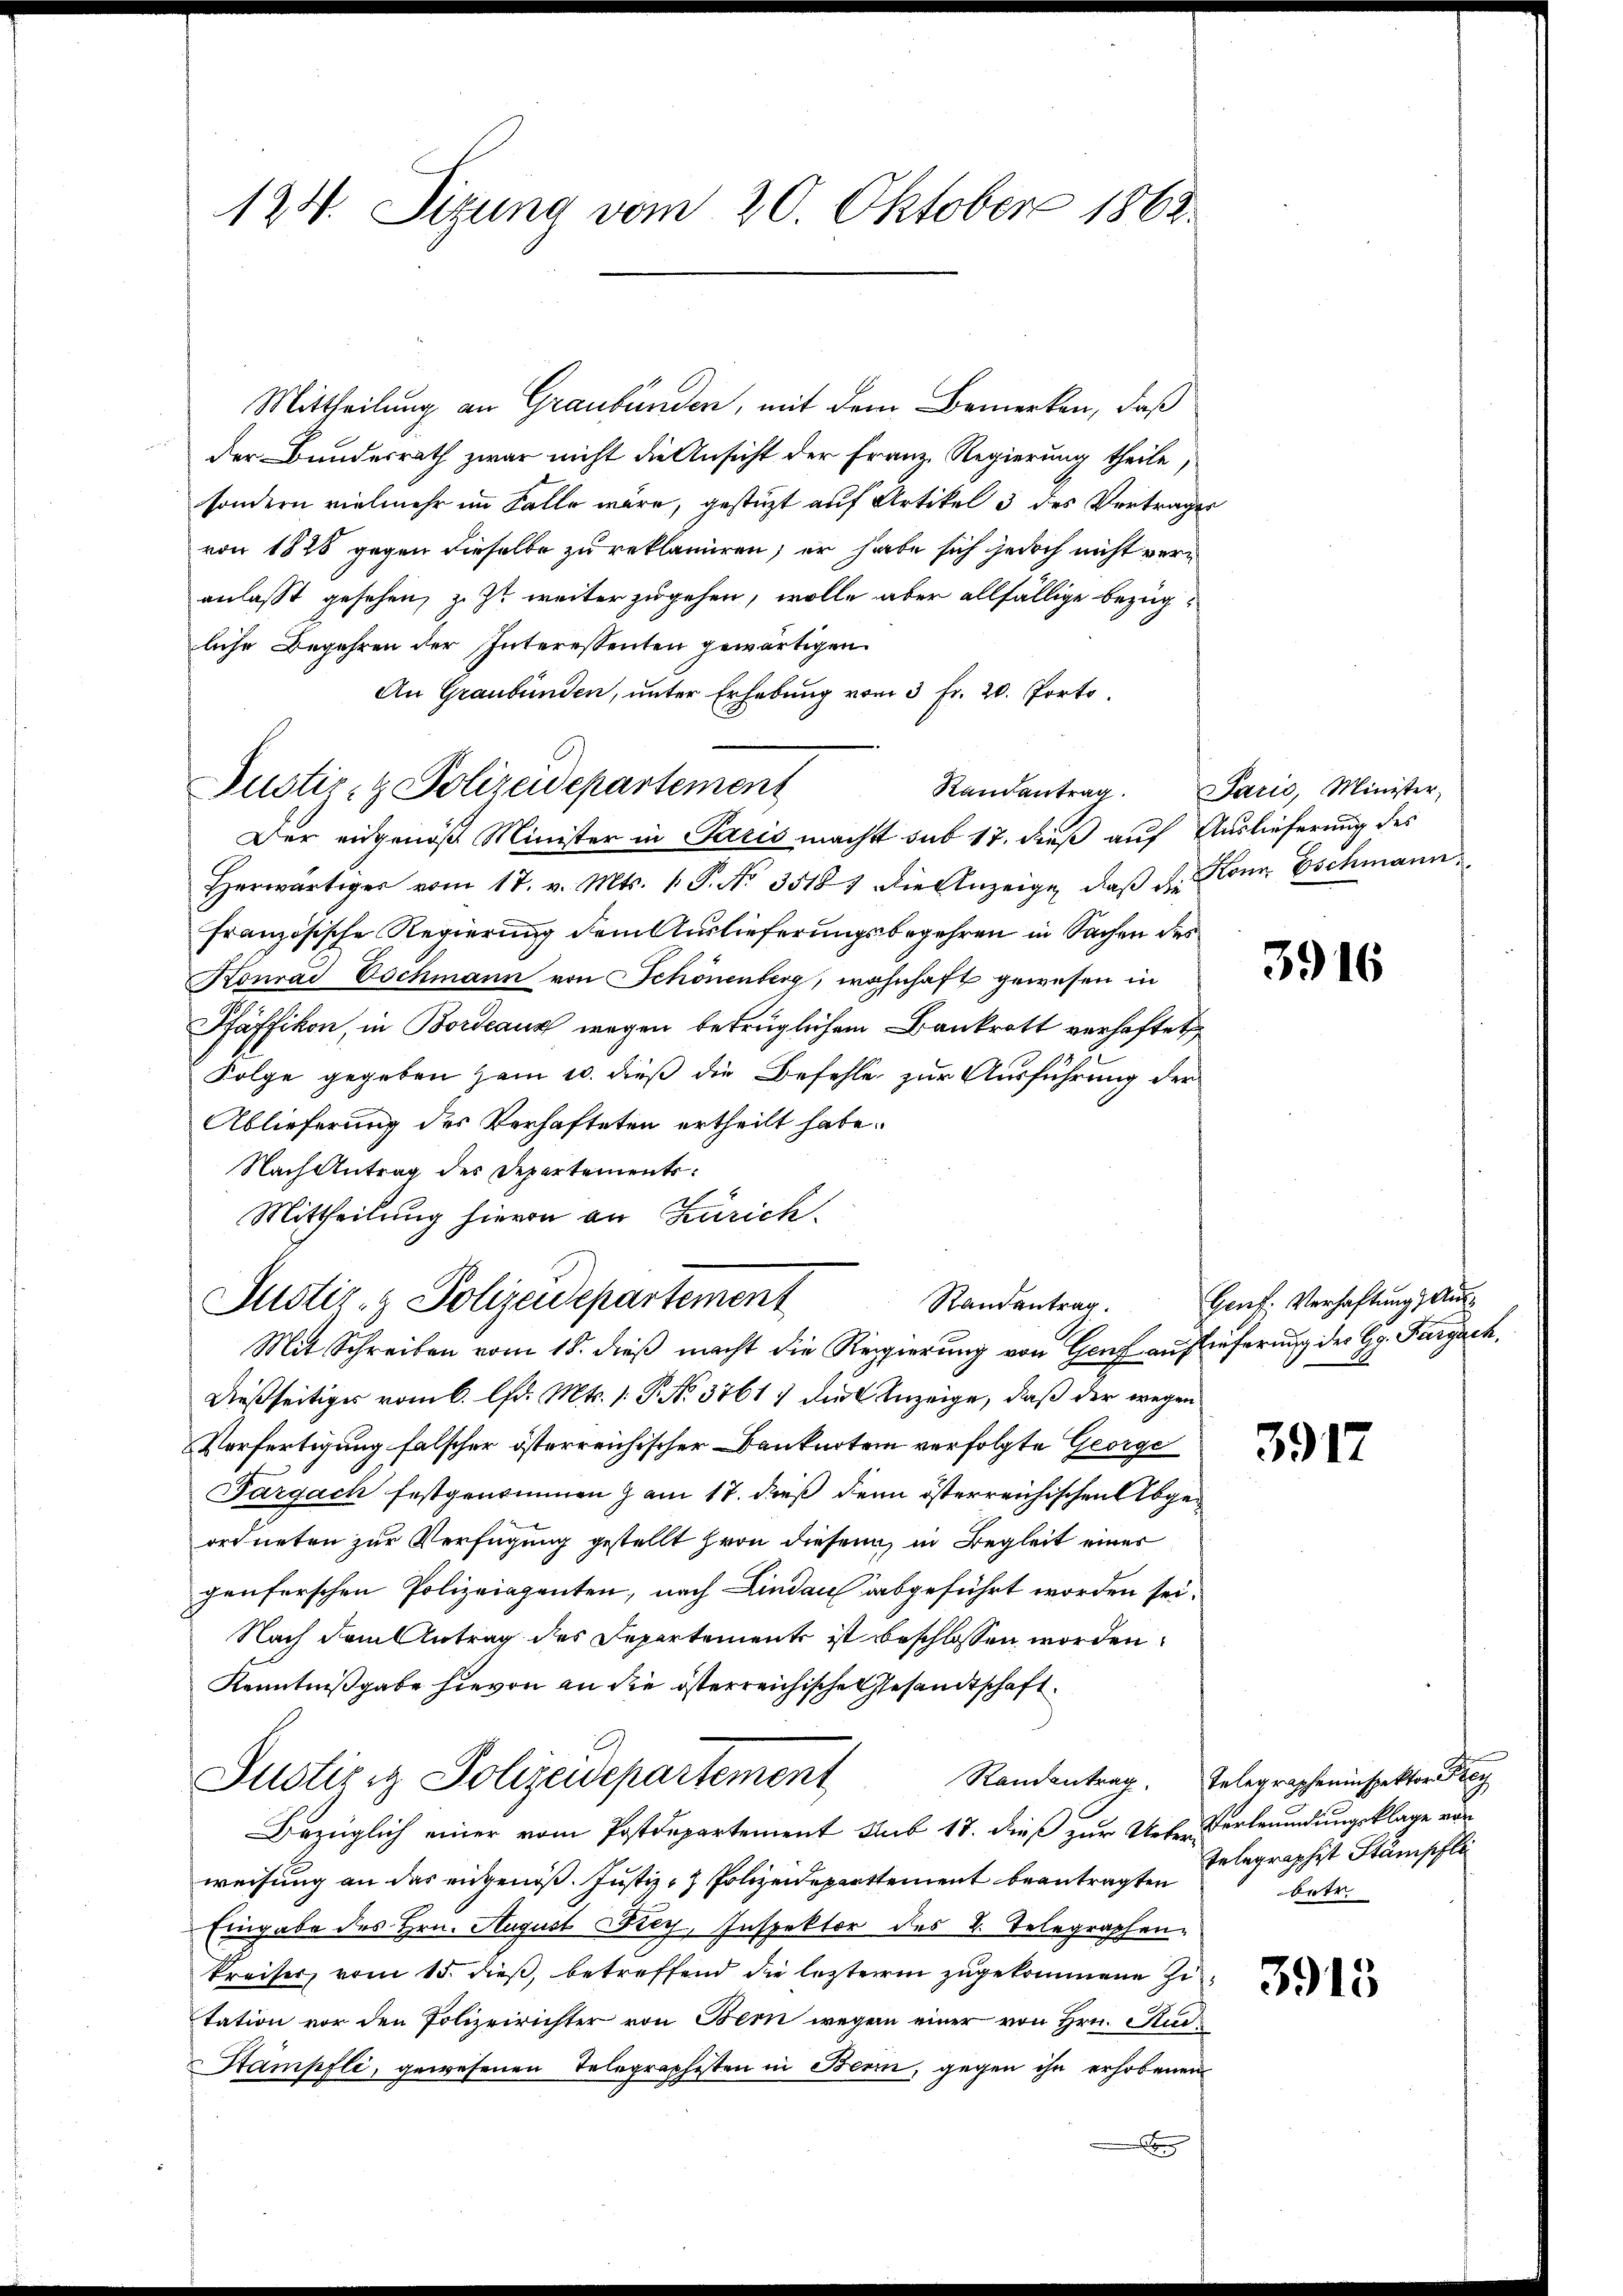
124. Sitzung vom 20. Oktober 1863.

Mittheilung an Graubünden, mit dem Bemerken, daß
der Bundesrath zwar nicht die Ansicht der Franz. Regierung theile,
sondern vielmehr im Falle wäre, gestüzt auf Artikel 3 des Vertrages
von 1828 gegen dieselbe zu reklamiren; er habe sich jedoch nicht veranlasst gesehen, z. Zt. weiter zugehen, wolle aber allfällige Bezugliche Begehren der Interessenten gewärtigen.
An Graubünden, unter Erhebung vom 3 Fr. 20. Porto
Der eidgenöß Minister in Paris macht sub 17. dieß auf Auslieferung des
Herwärtiger vom 17. v. Mts. 1. P. Nr. 35187 die Anzeige, daβ d. Konn Eschmann
französische Regierung dem Auslieferungsbegehren in Sachen des
Konrad Eschmann von Schönenberg, wohnhaft gewesen in
Pfäffikon, in Bordeaus wegen betrüglichem Bankrott verhaftet
Folge gegeben zum 10. dieß die Befehle zur Ausführung der
Ablieferung des Verhafteten ertheilt habe.
Nach Antrag des Departements¬
Mittheilung hievon an Zürich.
Justiz- & Polizeidepartement
Randantrag.
Mit Schreiben vom 18. dieß macht die Regierung von Genf auf lieferung des Gg. Fargach,
dießseitiger vom 6. lfd. Mts. 1. P. No. 37617 die Anzeige, daß der wegen
Verfertigung falscher österreichischer Banknotem verfolgte George
Fargach festgenommen am 17. dieß denn österreichischen Abgeordneten zur Verfügung gestellt hern diesen, in Begleit einer
genferschen Polizeiazenten, nach Lindau abgeführt worden sei.
Nach dem Antrag des Departemente ist beschlossen worden.
Kenntnißgabe hievon an die österreichische Gesandtschaft
Justiziz Polizeidepartement
Bezüglich einer vom Postdepartement sub 18. dieß zur Ueber Verleumdungsklage von
weisung an das eingenoß. Justiz- & Polizeidepartement beantragten Gelegraphist Stampfli
Eingabe des Hrn. August Drey Inspektor des 2. Telegraphenkreiser, vom 15. dieß, betreffend die lezterem zugekommene Zu
tation vor den Polizeirichter von Bern wegen einer von Hrn. Au¬
Stampfli, gewesenen Telegraphisten in Bern, gegen ihn erhobenen
x

Justiz- & Polizeidepartement

Randantrag. Paris, Minister,

3916

Genf. Verhaftung, Aus¬

3917

Randantrag. Telegrapheninspektor Be
betr.

3915